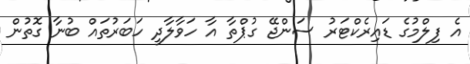
އެ ފިލްމުގެ ޑައިރެކްޓަރު ސަންޖޭ ގުޕްތާ އާ ހަވާލާދީ ހަބަރުތައް ބުނާ ގޮތުން